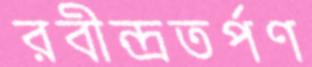
রবীন্দ্রতর্পণ